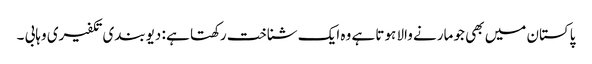
پاکستان میں بھی جو مارنے والا ہوتا ہے وہ ایک شناخت رکھتا ہے : دیوبندی تکفیری وہابی ۔